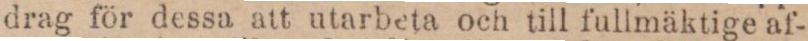
drag för dessa att utarbeta och till fullmäktige af-